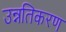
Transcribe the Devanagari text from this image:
उन्नतिकरण